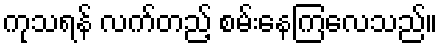
ကုသရန် လက်တည့် စမ်းနေကြလေသည်။